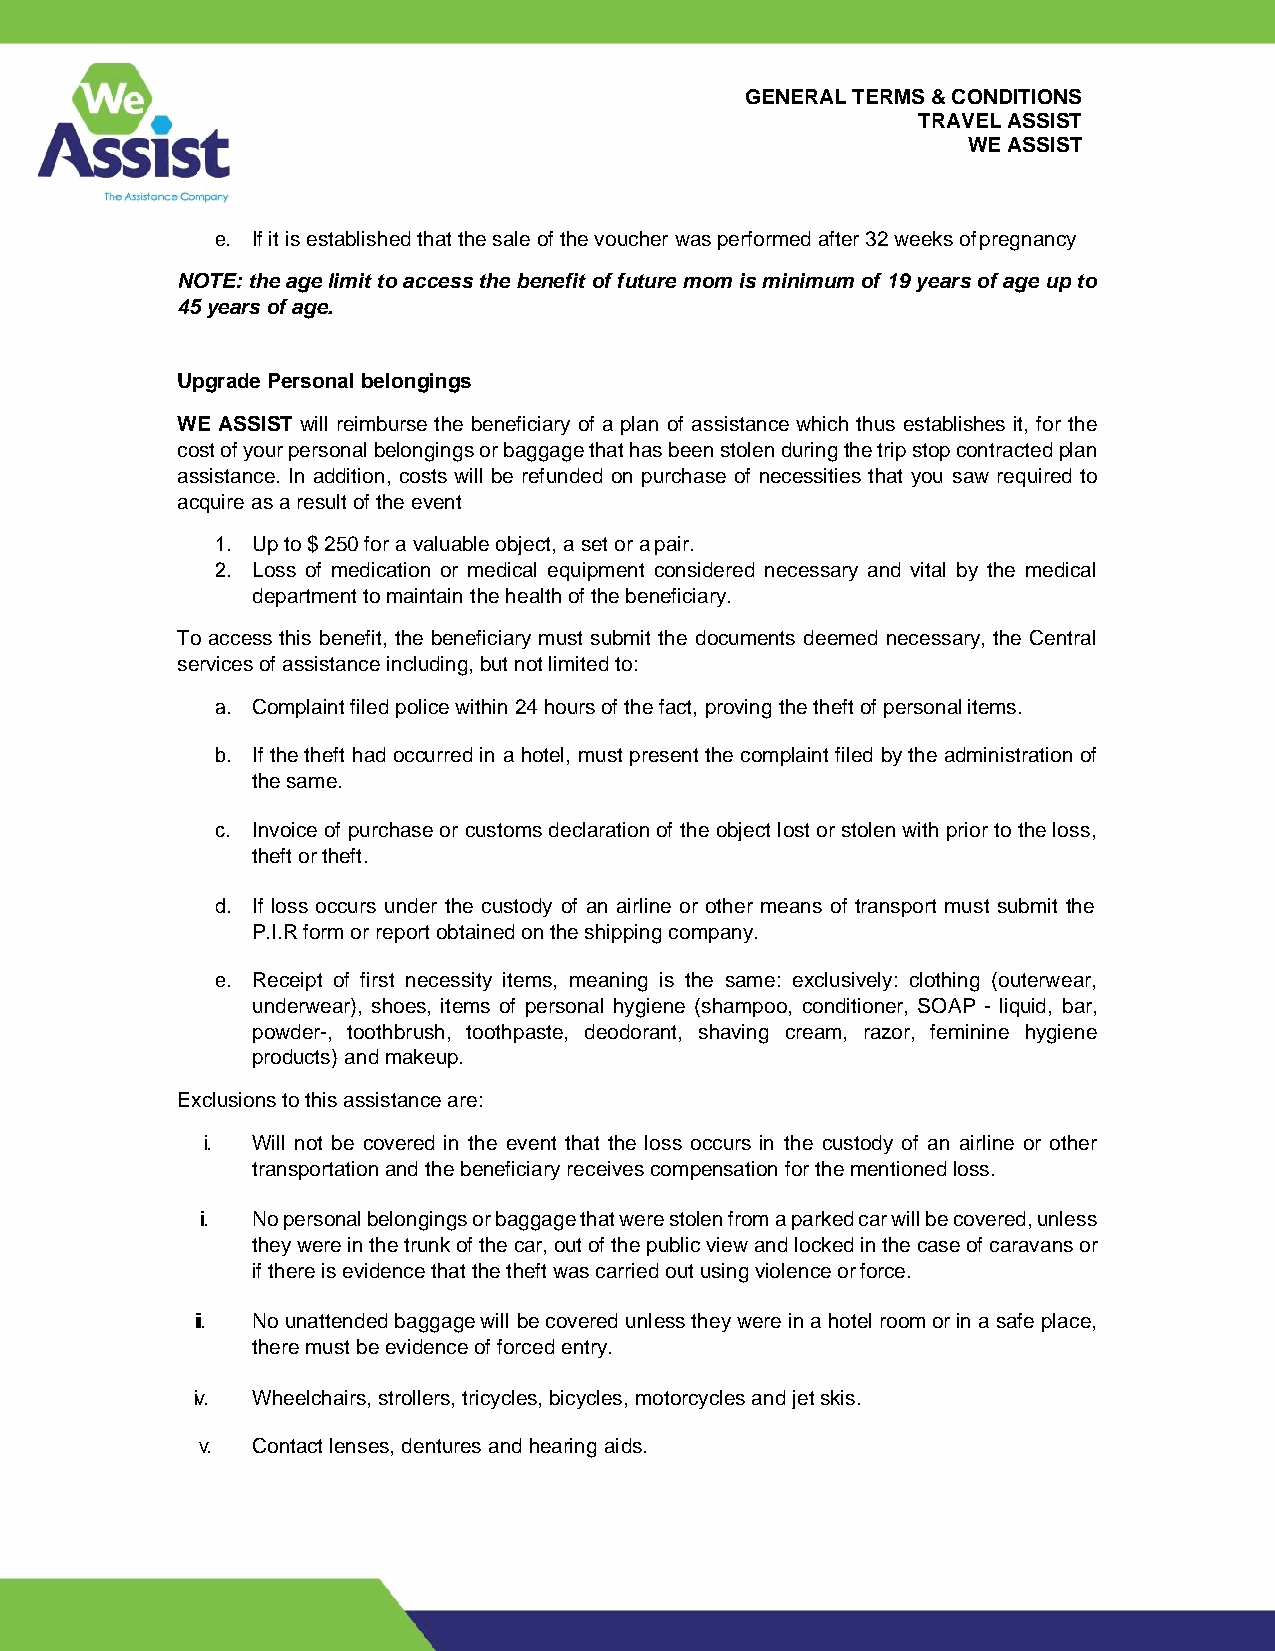
GENERAL TERMS & CONDITIONS
 TRAVEL ASSIST
 WE ASSIST
 e. If it is established that the sale of the voucher was performed after 32 weeks of pregnancy
 NOTE: the age limit to access the benefit of future mom is minimum of 19 years of age up to
 45 years of age.
 Upgrade Personal belongings
 WE ASSIST will reimburse the beneficiary of a plan of assistance which thus establishes it, for the
 cost of your personal belongings or baggage that has been stolen during the trip stop contracted plan
 assistance. In addition, costs will be refunded on purchase of necessities that you saw required to
 acquire as a result of the event
 1. Up to $ 250 for a valuable object, a set or a pair.
 2. Loss of medication or medical equipment considered necessary and vital by the medical
 department to maintain the health of the beneficiary.
 To access this benefit, the beneficiary must submit the documents deemed necessary, the Central
 services of assistance including, but not limited to:
 a. Complaint filed police within 24 hours of the fact, proving the theft of personal items.
 b. If the theft had occurred in a hotel, must present the complaint filed by the administration of
 the same.
 c. Invoice of purchase or customs declaration of the object lost or stolen with prior to the loss,
 theft or theft.
 d. If loss occurs under the custody of an airline or other means of transport must submit the
 P.I.R form or report obtained on the shipping company.
 e. Receipt of first necessity items, meaning is the same: exclusively: clothing (outerwear,
 underwear), shoes, items of personal hygiene (shampoo, conditioner, SOAP - liquid, bar,
 powder-, toothbrush, toothpaste, deodorant, shaving cream, razor, feminine hygiene
 products) and makeup.
 Exclusions to this assistance are:
 i. Will not be covered in the event that the loss occurs in the custody of an airline or other
 transportation and the beneficiary receives compensation for the mentioned loss.
 ii. No personal belongings or baggage that were stolen from a parked car will be covered, unless
 they were in the trunk of the car, out of the public view and locked in the case of caravans or
 if there is evidence that the theft was carried out using violence or force.
 iii. No unattended baggage will be covered unless they were in a hotel room or in a safe place,
 there must be evidence of forced entry.
 iv. Wheelchairs, strollers, tricycles, bicycles, motorcycles and jet skis.
 v.  Contact lenses, dentures and hearing aids.